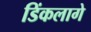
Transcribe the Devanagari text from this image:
डिंकलागे